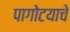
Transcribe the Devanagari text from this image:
पागोटयाचे